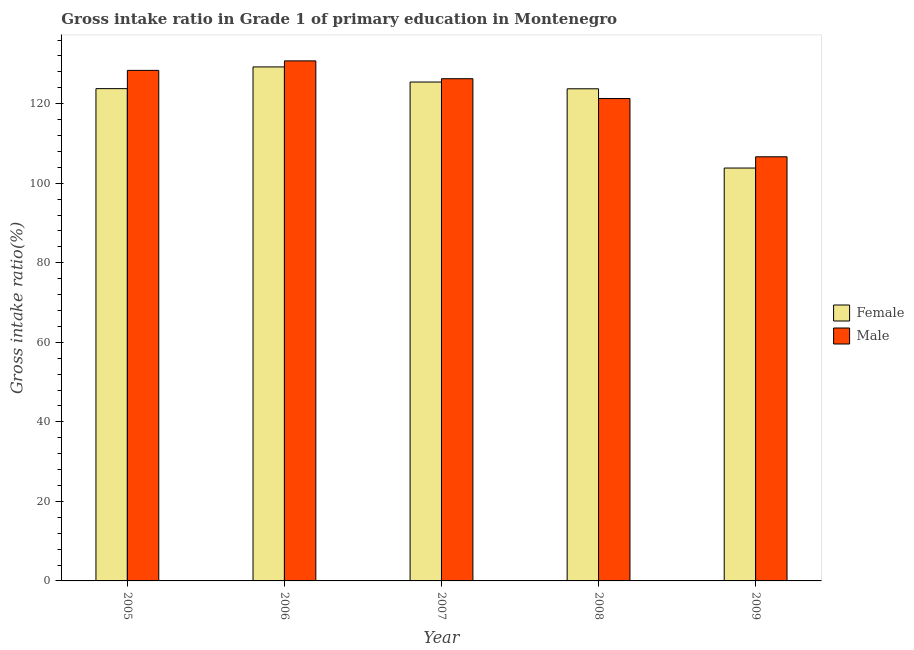
| Year | Female | Male |
 | --- | --- | --- |
 | 2005 | 124 | 128 |
 | 2006 | 129 | 131 |
 | 2007 | 125 | 126 |
 | 2008 | 124 | 121 |
 | 2009 | 104 | 107 |